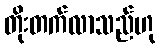
တိုးတက်လာသည်ဟု